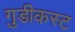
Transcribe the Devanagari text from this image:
गुडीकस्ट